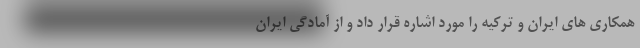
همکاری های ایران و ترکیه را مورد اشاره قرار داد و از آمادگی ایران